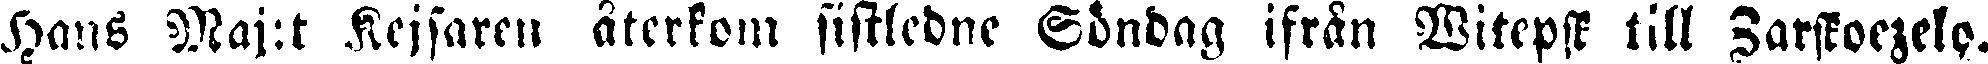
Hans Maj:t Kejsaren återkom sistledne Söndag ifrån Witepsk till Zarskoezelo.